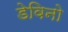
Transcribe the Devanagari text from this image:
डेविनो